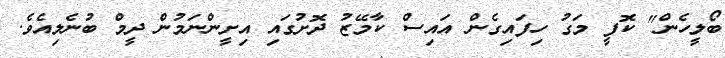
ބޯލީހެން" ކޮފީ މަގު ހިފައިގެން އައިސް ކާމޭޒު ދޮށުގައި އިށީންނަމުން ދީމް ބުނެލިއެވެ.